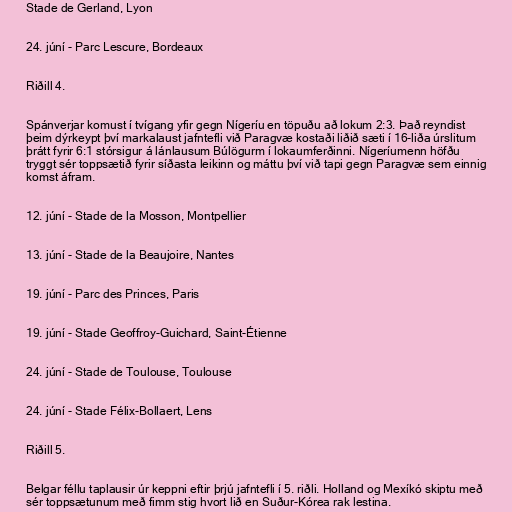
Stade de Gerland, Lyon

24. júní - Parc Lescure, Bordeaux

Riðill 4.

Spánverjar komust í tvígang yfir gegn Nígeríu en töpuðu að lokum 2:3. Það reyndist
þeim dýrkeypt því markalaust jafntefli við Paragvæ kostaði liðið sæti í 16-liða úrslitum
þrátt fyrir 6:1 stórsigur á lánlausum Búlögurm í lokaumferðinni. Nígeríumenn höfðu
tryggt sér toppsætið fyrir síðasta leikinn og máttu því við tapi gegn Paragvæ sem einnig
komst áfram.

12. júní - Stade de la Mosson, Montpellier

13. júní - Stade de la Beaujoire, Nantes

19. júní - Parc des Princes, Paris

19. júní - Stade Geoffroy-Guichard, Saint-Étienne

24. júní - Stade de Toulouse, Toulouse

24. júní - Stade Félix-Bollaert, Lens

Riðill 5.

Belgar féllu taplausir úr keppni eftir þrjú jafntefli í 5. riðli. Holland og Mexíkó skiptu með
sér toppsætunum með fimm stig hvort lið en Suður-Kórea rak lestina.